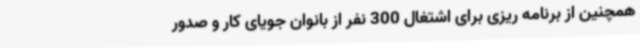
همچنین از برنامه ریزی برای اشتغال 300 نفر از بانوان جویای کار و صدور